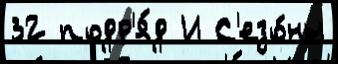
32 подр'я́д И С'езо́ны